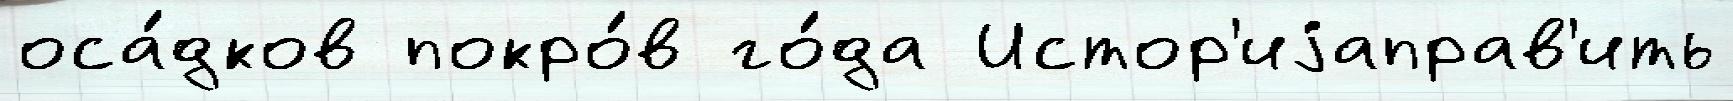
оса́дков покро́в го́да Истор'иjаправ'ить